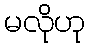
မလိုဟု